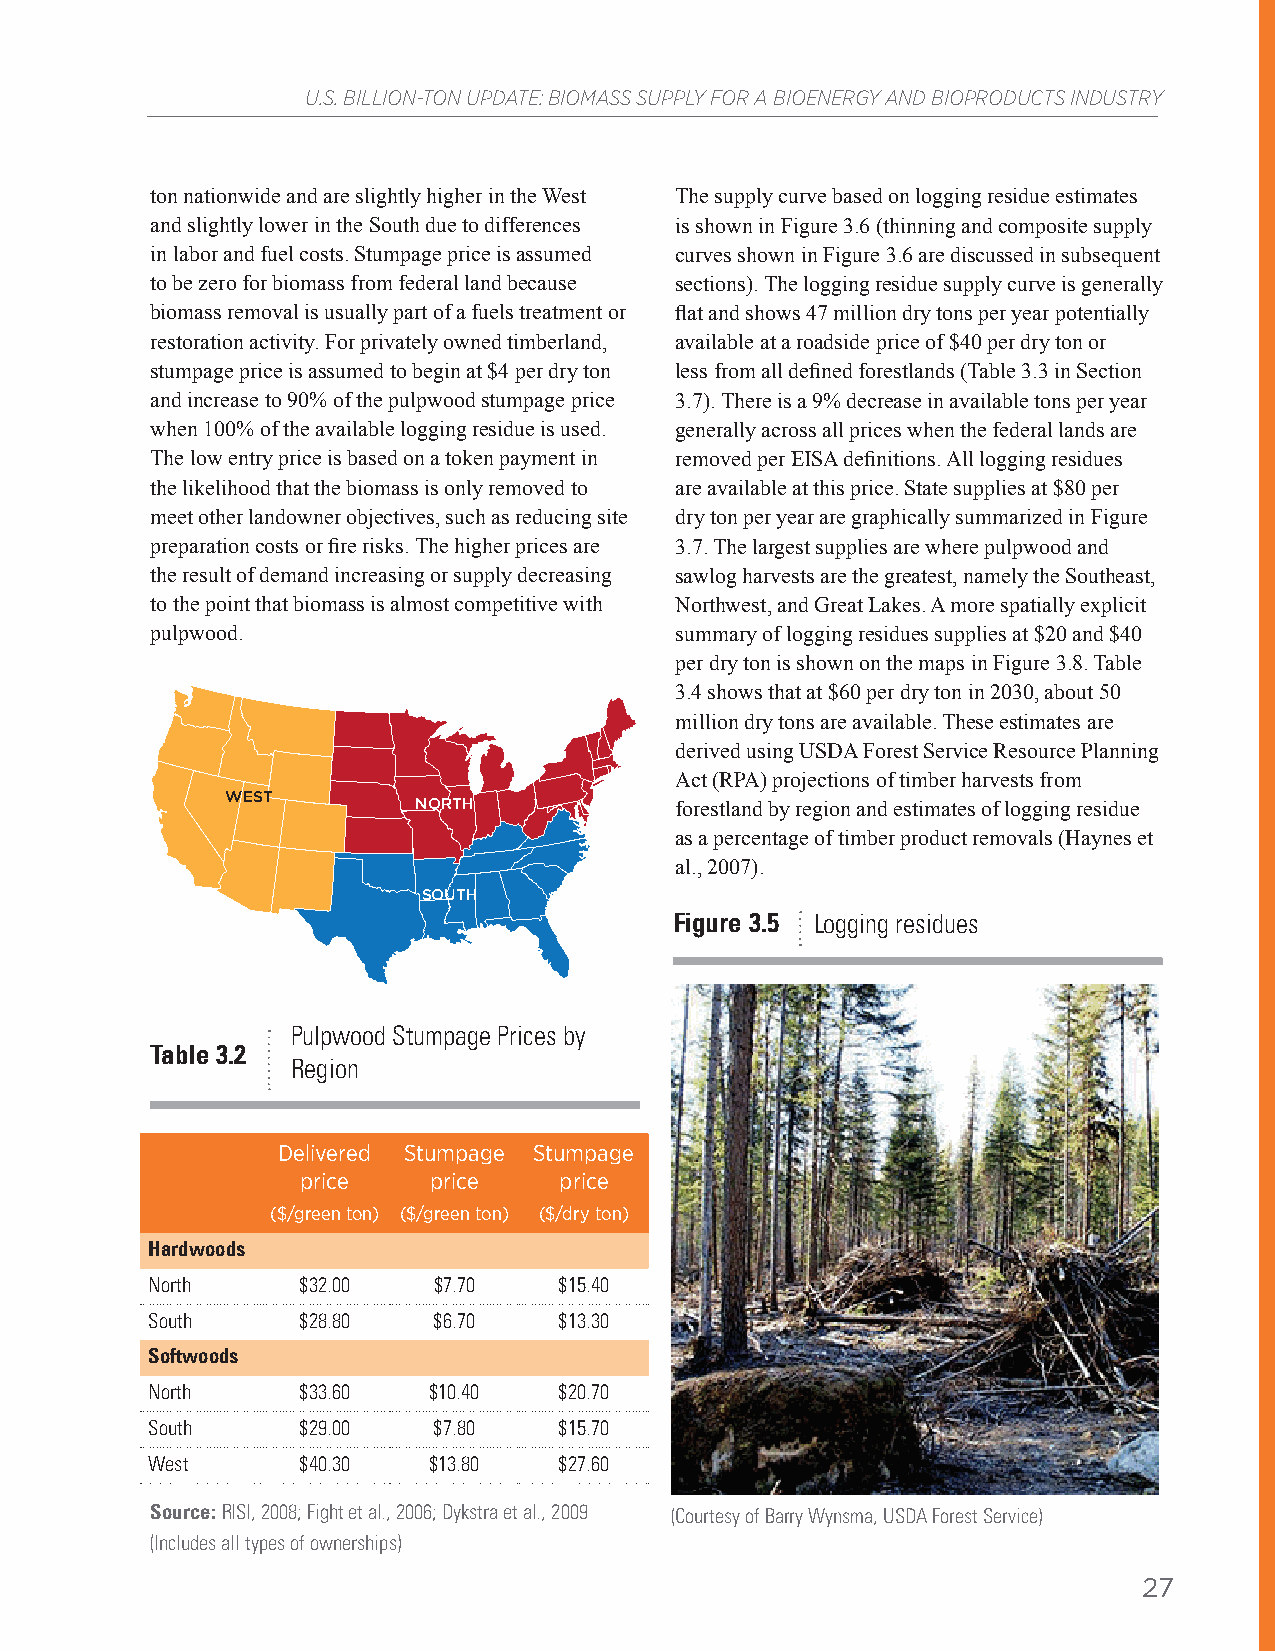
U.S. BILLION-TON UPDATE: BIOMASS SUPPLY FOR A BIOENERGY AND BIOPRODUCTS INDUSTRY
 ton nationwide and are slightly higher in the West The supply curve based on logging residue estimates
 and slightly lower in the South due to differences is shown in Figure 3.6 (thinning and composite supply
 in labor and fuel costs. Stumpage price is assumed curves shown in Figure 3.6 are discussed in subsequent
 to be zero for biomass from federal land because sections). The logging residue supply curve is generally
 biomass removal is usually part of a fuels treatment or flat and shows 47 million dry tons per year potentially
 restoration activity. For privately owned timberland, available at a roadside price of $40 per dry ton or
 stumpage price is assumed to begin at $4 per dry ton less from all defined forestlands (Table 3.3 in Section
 and increase to 90% of the pulpwood stumpage price 3.7). There is a 9% decrease in available tons per year
 when 100% of the available logging residue is used. generally across all prices when the federal lands are
 The low entry price is based on a token payment in removed per EISA definitions. All logging residues
 the likelihood that the biomass is only removed to are available at this price. State supplies at $80 per
 meet other landowner objectives, such as reducing site dry ton per year are graphically summarized in Figure
 preparation costs or fire risks. The higher prices are 3.7. The largest supplies are where pulpwood and
 the result of demand increasing or supply decreasing sawlog harvests are the greatest, namely the Southeast,
 to the point that biomass is almost competitive with Northwest, and Great Lakes. A more spatially explicit
 pulpwood.                          summary of logging residues supplies at $20 and $40
 per dry ton is shown on the maps in Figure 3.8. Table
 3.4 shows that at $60 per dry ton in 2030, about 50
 million dry tons are available. These estimates are
 derived using USDA Forest Service Resource Planning
 Act (RPA) projections of timber harvests from
 WEST
 NORTH            forestland by region and estimates of logging residue
 as a percentage of timber product removals (Haynes et
 al., 2007).
 SOUTH
 Figure 3.5 Logging residues
 Pulpwood Stumpage Prices by
 Table 3.2
 Region
 Delivered Stumpage Stumpage
 price   price    price
 ($/green ton) ($/green ton) ($/dry ton)
 Hardwoods
 North     $32.00   $7.70   $15.40
 South     $28.80   $6.70   $13.30
 Softwoods
 North     $33.60  $10.40   $20.70
 South     $29.00   $7.80   $15.70
 West      $40.30  $13.80   $27.60
 Source: RISI, 2008; Fight et al., 2006; Dykstra et al., 2009 (Courtesy of Barry Wynsma, USDA Forest Service)
 (Includes all types of ownerships)
 27